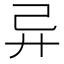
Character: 异